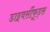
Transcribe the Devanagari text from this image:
डाइवर्सीफूड्स